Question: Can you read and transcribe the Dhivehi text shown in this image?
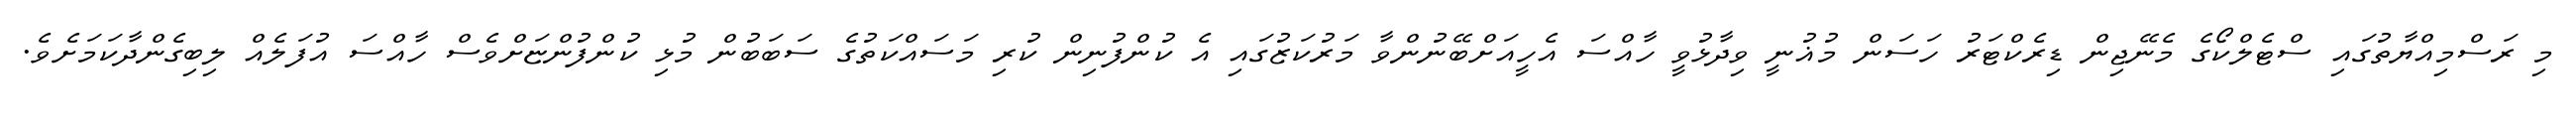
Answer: މި ރަސްމިއްޔާތުގައި ސްޓެލްކޯގެ މެނޭޖިން ޑިރެކްޓަރު ހަސަން މުޣުނީ ވިދާޅުވީ ހާއްސަ އެހީއަށްބޭނުންވާ މަރުކަޒުގައި އެ ކުންފުނިން ކުރި މަސައްކަތުގެ ސަބަބުން މުޅި ކުންފުންޏަށްވެސް ހާއްސަ އުފަލެއް ލިބިގެންދާކަމަށެވެ.